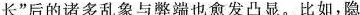
长”后的诸多乱象与弊端也愈发凸显。比如，隐